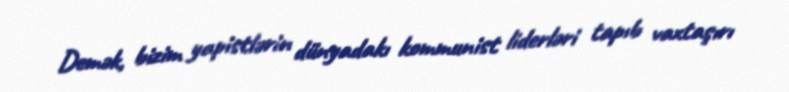
Demək, bizim yapistlərin dünyadakı kommunist liderləri tapıb vaxtaşırı